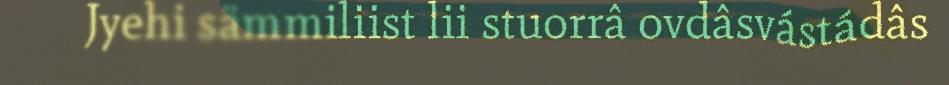
Jyehi sämmiliist lii stuorrâ ovdâsvástádâs